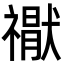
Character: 𮂘